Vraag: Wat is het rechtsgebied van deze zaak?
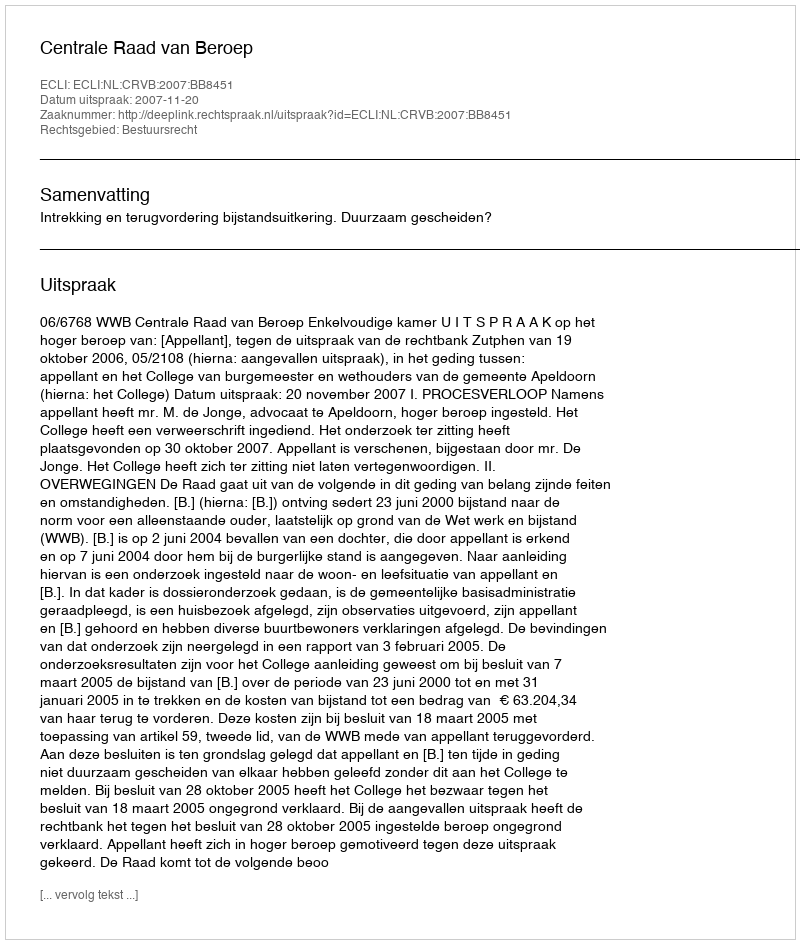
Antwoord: Bestuursrecht